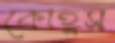
কোহ্লস